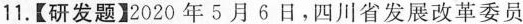
11.【研发题】2020年5月6日，四川省发展改革委员